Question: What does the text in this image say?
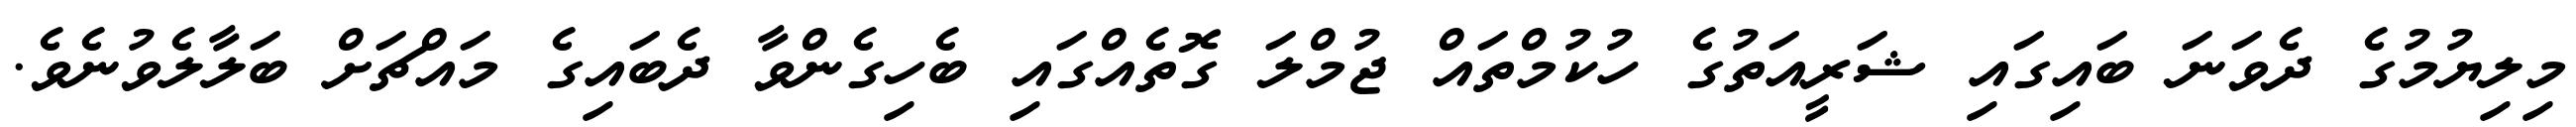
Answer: މިލިޔުމުގެ ދެވަނަ ބައިގައި ޝަރީއަތުގެ ހުކުމްތައް ޖުމްލަ ގޮތެއްގައި ބެހިގެންވާ ދެބައިގެ މައްޗަށް ބަލާލެވުނެވެ.